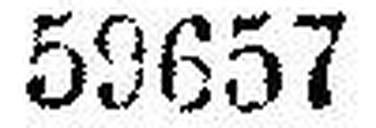
59657